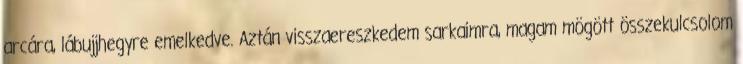
arcára, lábujjhegyre emelkedve. Aztán visszaereszkedem sarkaimra, magam mögött összekulcsolom